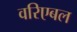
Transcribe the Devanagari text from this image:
वरिएबल